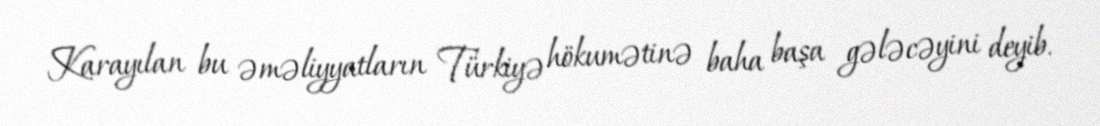
Karayılan bu əməliyyatların Türkiyə hökumətinə baha başa gələcəyini deyib.